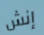
إنش